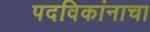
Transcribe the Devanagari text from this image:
पदविकांनाचा